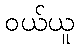
ဝယ်ယူ